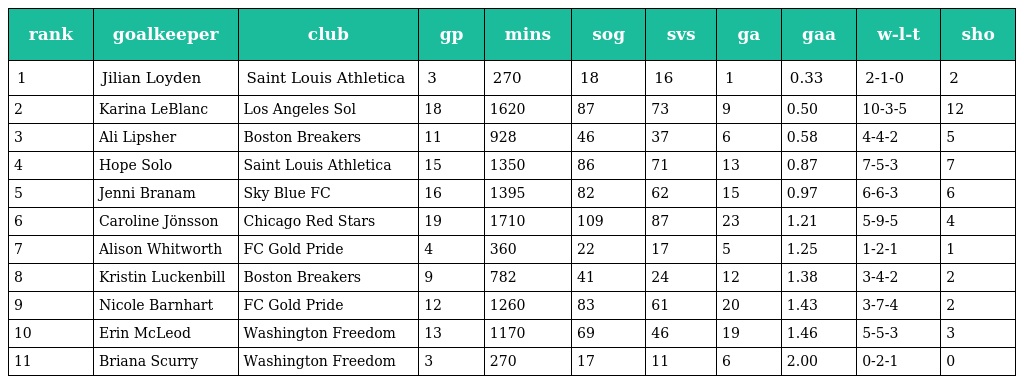
| rank | goalkeeper | club | gp | mins | sog | svs | ga | gaa | w-l-t | sho |
 | --- | --- | --- | --- | --- | --- | --- | --- | --- | --- | --- |
 | 1 | Jilian Loyden | Saint Louis Athletica | 3 | 270 | 18 | 16 | 1 | 0.33 | 2-1-0 | 2 |
 | 2 | Karina LeBlanc | Los Angeles Sol | 18 | 1620 | 87 | 73 | 9 | 0.50 | 10-3-5 | 12 |
 | 3 | Ali Lipsher | Boston Breakers | 11 | 928 | 46 | 37 | 6 | 0.58 | 4-4-2 | 5 |
 | 4 | Hope Solo | Saint Louis Athletica | 15 | 1350 | 86 | 71 | 13 | 0.87 | 7-5-3 | 7 |
 | 5 | Jenni Branam | Sky Blue FC | 16 | 1395 | 82 | 62 | 15 | 0.97 | 6-6-3 | 6 |
 | 6 | Caroline Jönsson | Chicago Red Stars | 19 | 1710 | 109 | 87 | 23 | 1.21 | 5-9-5 | 4 |
 | 7 | Alison Whitworth | FC Gold Pride | 4 | 360 | 22 | 17 | 5 | 1.25 | 1-2-1 | 1 |
 | 8 | Kristin Luckenbill | Boston Breakers | 9 | 782 | 41 | 24 | 12 | 1.38 | 3-4-2 | 2 |
 | 9 | Nicole Barnhart | FC Gold Pride | 12 | 1260 | 83 | 61 | 20 | 1.43 | 3-7-4 | 2 |
 | 10 | Erin McLeod | Washington Freedom | 13 | 1170 | 69 | 46 | 19 | 1.46 | 5-5-3 | 3 |
 | 11 | Briana Scurry | Washington Freedom | 3 | 270 | 17 | 11 | 6 | 2.00 | 0-2-1 | 0 |